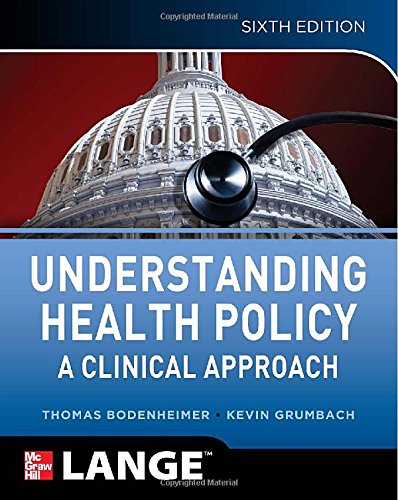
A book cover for Understanding Health Policy, Sixth Edition; Thomas Bodenheimer; Medical Books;